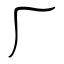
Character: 厂